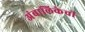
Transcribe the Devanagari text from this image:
अंबालिकेची